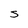
Character: s